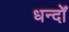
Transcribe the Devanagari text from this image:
धन्दोँ